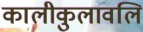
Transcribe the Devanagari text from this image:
कालीकुलावलि